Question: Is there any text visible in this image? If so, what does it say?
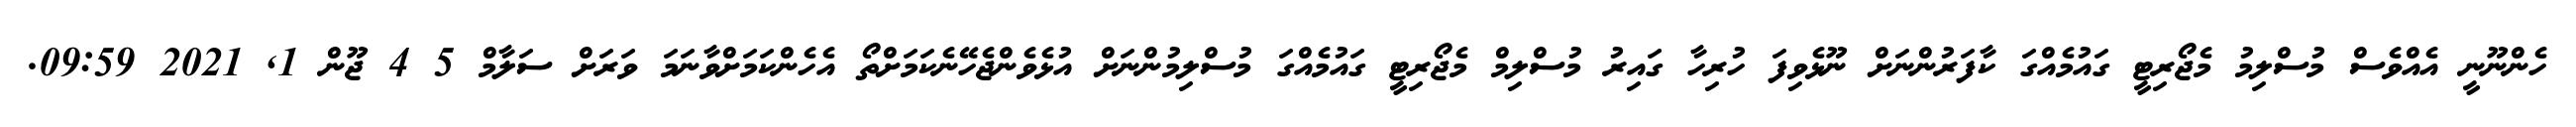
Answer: ހެންނޫނީ އެއްވެސް މުސްލިމު މެޖޯރިޓީ ގައުމެއްގަ ކާފަރުންނަށް ނޫޅެވިފަ ހުރިހާ ގައިރު މުސްލިމް މެޖޯރިޓީ ގައުމެއްގަ މުސްލިމުންނަށް އުޅެވެންޖެހޭނެކަމަށްތޯ އެހެންކަމަށްވާނަމަ ވަރަށް ސަލާމް 5 4 ޖޫން 1, 2021 09:59.